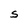
Character: S